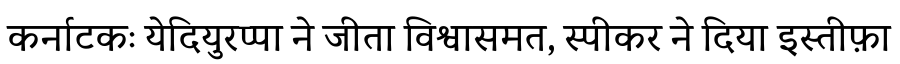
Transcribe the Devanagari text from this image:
कर्नाटकः येदियुरप्पा ने जीता विश्वासमत, स्पीकर ने दिया इस्तीफ़ा